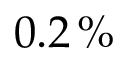
0 . 2 \, \%